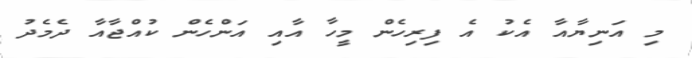
މި އަނިޔާއާ އެކު އެ ފިރިހެން މީހާ އާއި އަންހެން ކުއްޖާއާ ދެމެދު